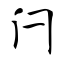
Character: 闩